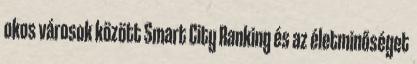
okos városok között Smart City Ranking és az életminőséget